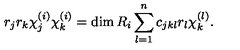
r _ { j } r _ { k } \chi _ { j } ^ { ( i ) } \chi _ { k } ^ { ( i ) } = \dim R _ { i } \sum _ { l = 1 } ^ { n } c _ { j k l } r _ { l } \chi _ { k } ^ { ( l ) } .